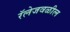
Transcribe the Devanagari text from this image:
रॅलेजवळील